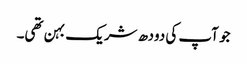
جو آپ کی دودھ شریک بہن تھی۔